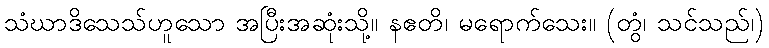
သံဃာဒိသေသ်ဟူသော အပြီးအဆုံးသို့။ နဧတိ၊ မရောက်သေး။ (တွံ၊ သင်သည်၊)